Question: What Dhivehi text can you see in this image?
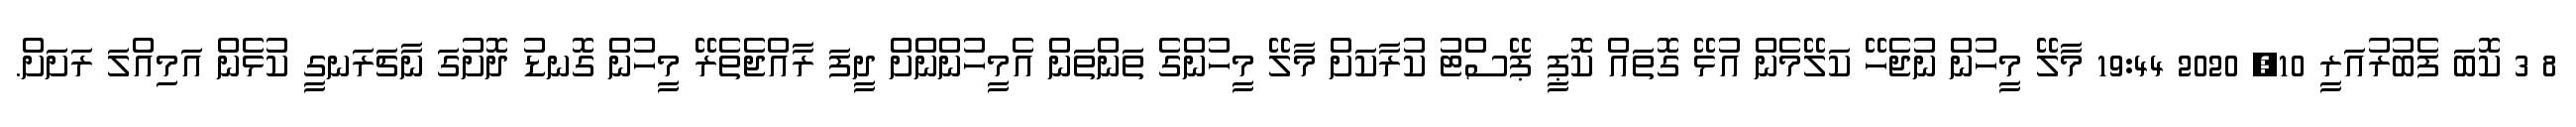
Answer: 8 3 ކޮބަ ފެބުރުއަރީ 10, 2020 19:44 މާލޭ މީހުން ނުޖެހޭ ކަލޭމެން އުޅޭ ގޮތައް ކޮޕީ ޕޭސްޓު ކުރާކަށް މާލޭ މީހުންގެ ތަންތަން އެމީހުންންށް ދީފަ ރާއްޖެތެރޭ މީހުން ގޮނޑު ދޮށުގަ ނާޗަރަނގީ ކުޅެން އަމިއްލަ ރަށަށް.